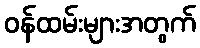
ဝန်ထမ်းများအတွက်